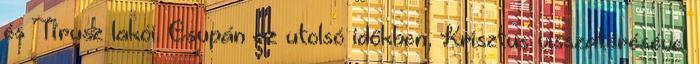
és Tírusz lakói. Csupán az utolsó időkben, Krisztus visszatérésével